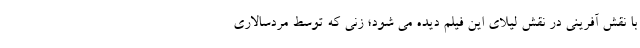
با نقش آفرینی در نقش لیلای این فیلم دیده می شود؛ زنی که توسط مردسالاری